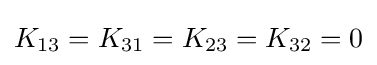
K_{13}=K_{31}=K_{23}=K_{32}=0